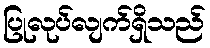
ပြုလုပ်လျက်ရှိသည်